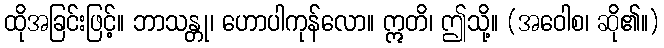
ထိုအခြင်းဖြင့်။ ဘာသန္တု၊ ဟောပါကုန်လော။ ဣတိ၊ ဤသို့။ (အဝေါစ၊ ဆို၏။)